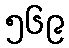
၅၆၉